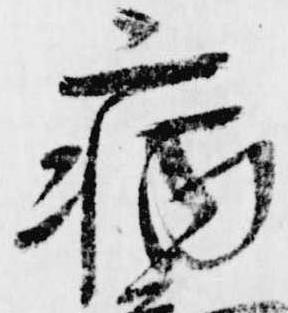
病